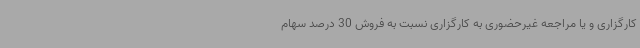
کارگزاری و یا مراجعه غیرحضوری به کارگزاری نسبت به فروش 30 درصد سهام